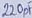
Text: 220pF